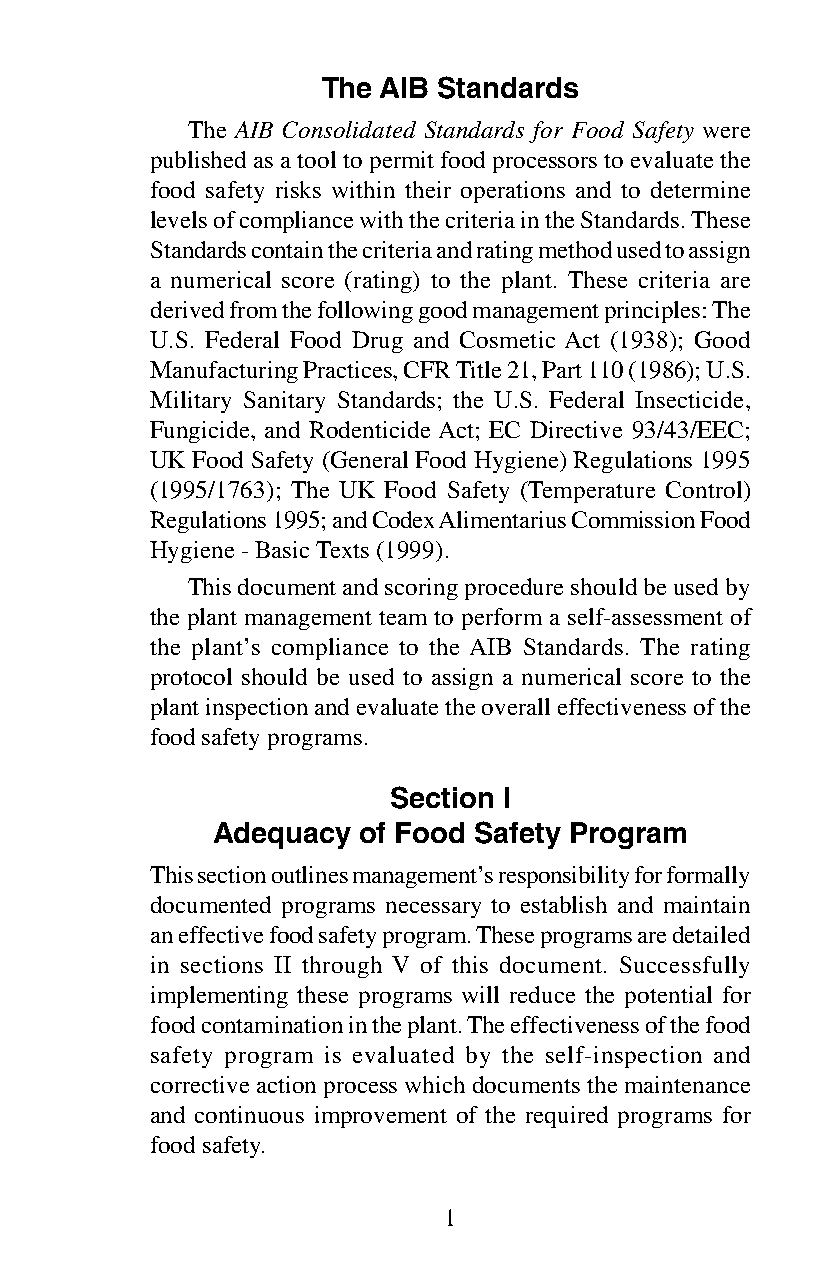
The AIB Standards
 The AIB Consolidated Standards for Food Safety were
 published as a tool to permit food processors to evaluate the
 food safety risks within their operations and to determine
 levels of compliance with the criteria in the Standards. These
 Standards contain the criteria and rating method used to assign
 a numerical score (rating) to the plant. These criteria are
 derived from the following good management principles: The
 U.S. Federal Food Drug and Cosmetic Act (1938); Good
 Manufacturing Practices, CFR Title 21, Part 110 (1986); U.S.
 Military Sanitary Standards; the U.S. Federal Insecticide,
 Fungicide, and Rodenticide Act; EC Directive 93/43/EEC;
 UK Food Safety (General Food Hygiene) Regulations 1995
 (1995/1763); The UK Food Safety (Temperature Control)
 Regulations 1995; and Codex Alimentarius Commission Food
 Hygiene - Basic Texts (1999).
 This document and scoring procedure should be used by
 the plant management team to perform a self-assessment of
 the plant’s compliance to the AIB Standards. The rating
 protocol should be used to assign a numerical score to the
 plant inspection and evaluate the overall effectiveness of the
 food safety programs.
 Section I
 Adequacy  of Food Safety Program
 This section outlines management’s responsibility for formally
 documented programs necessary to establish and maintain
 an effective food safety program. These programs are detailed
 in sections II through V of this document. Successfully
 implementing these programs will reduce the potential for
 food contamination in the plant. The effectiveness of the food
 safety program is evaluated by the self-inspection and
 corrective action process which documents the maintenance
 and continuous improvement of the required programs for
 food safety.
 1